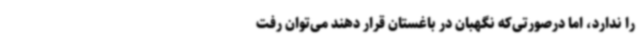
را ندارد، اما درصورتی‌که نگهبان در باغستان قرار دهند می‌توان رفت‌